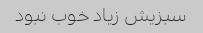
سبزیش زیاد خوب نبود